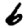
Digit: 6